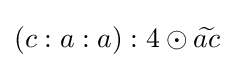
(c:a:a):4\odot {\widetilde {ac}}